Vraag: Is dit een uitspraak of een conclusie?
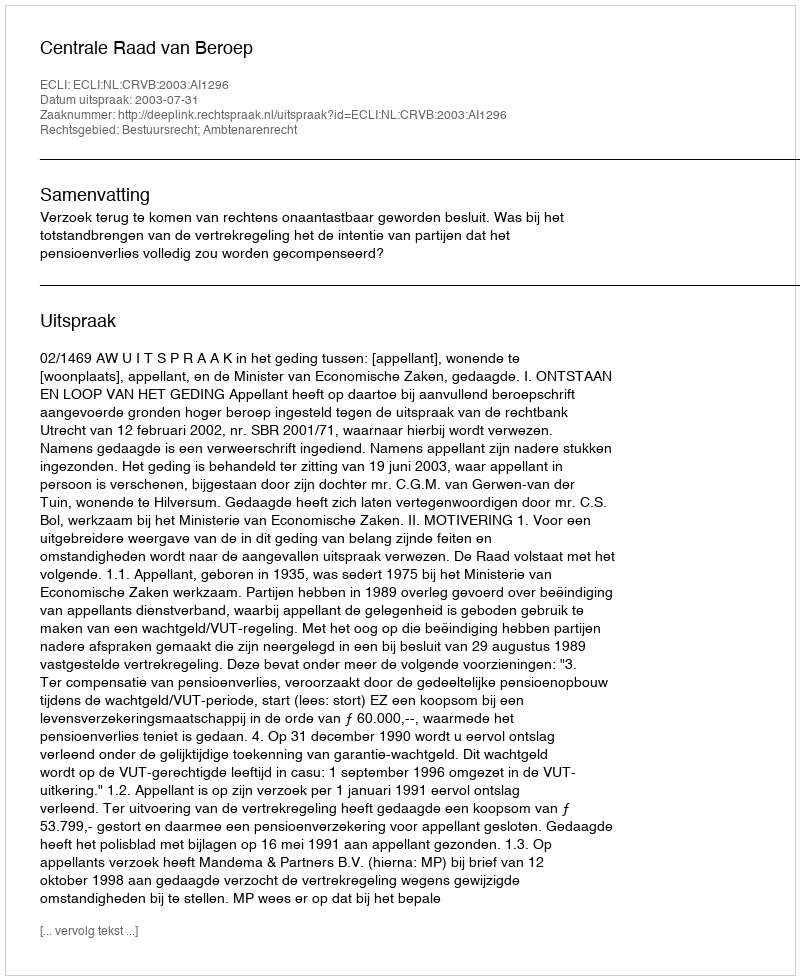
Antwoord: Uitspraak